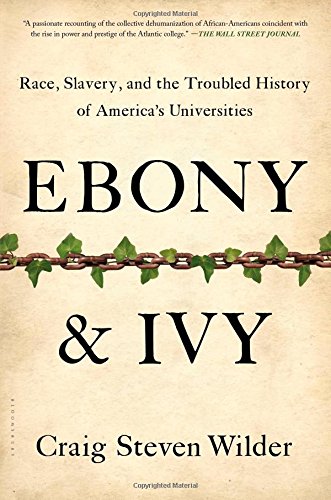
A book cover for Ebony and Ivy: Race, Slavery, and the Troubled History of America's Universities; Craig Steven Wilder; History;